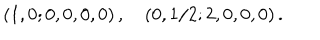
LaTeX: ( 1 , 0 ; 0 , 0 , 0 , 0 ) \, , \quad ( 0 , 1 / 2 ; 2 , 0 , 0 , 0 ) \, .